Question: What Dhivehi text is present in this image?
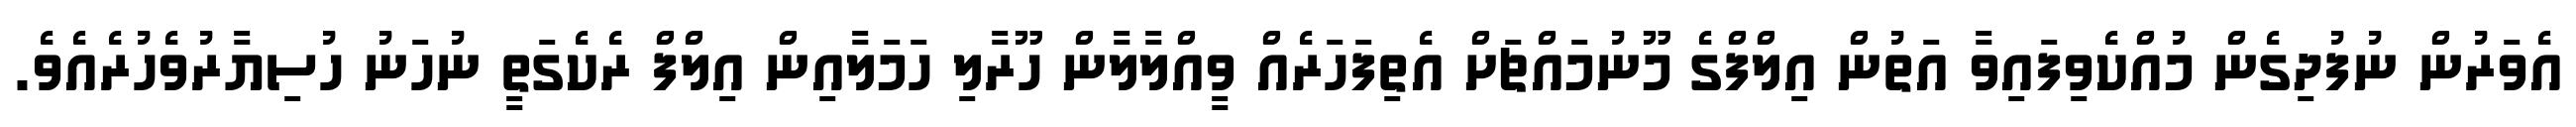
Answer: އެވަރުން ނުފުދިގެން މުއްކެވިފައިވާ އަތުން އިލްފްގެ މޫނުމައްޗަށް އެތިފަހަރެއް ވީއްލާލާން ހޫރާލި ހަމަލާއިން އިލްފް ރެކެގަތީ ނުހަނު ހުސިޔާރުވެހުރެއެވެ.